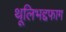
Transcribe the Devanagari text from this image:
थूलिभद्दफाग